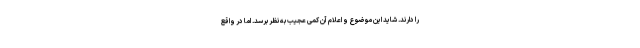
را دارند. شاید این موضوع و اعلام آن کمی عجیب به نظر برسد. اما در واقع